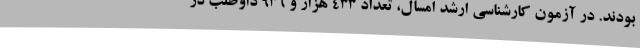
بودند. در آزمون کارشناسی ارشد امسال، تعداد 433 هزار و 936 داوطلب در